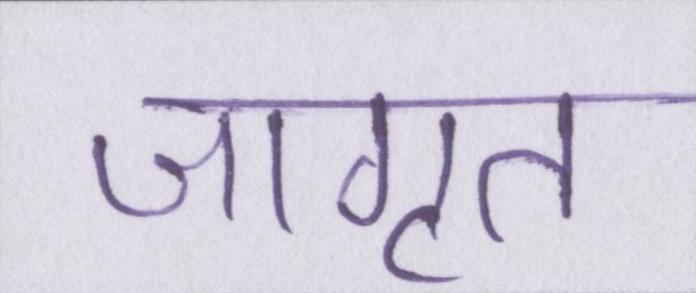
जागृत